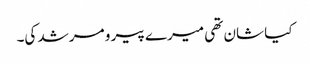
کیا شان تھی میرے پیر و مرشد کی۔